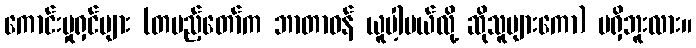
ကောင်းမှုရှင်များ (တပည့်တော်က ဘာတာဝန် ယူပါ့မယ်လို့ ဆိုသူများကော) မရှိဘူးလား။